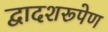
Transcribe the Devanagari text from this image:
द्वादशरूपेण